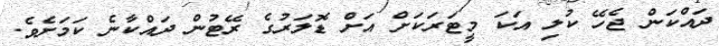
ދައްކަން ޖެހޭ ކުލި އަކަ މީޓަރަކަށް އަށް ޑޮލަރުގެ ރޭޓުން ދައްކާނެ ކަމަށެވެ.